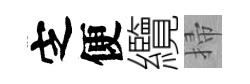
㝎便纜掃